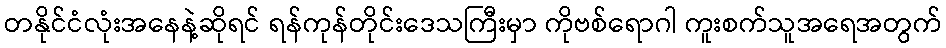
တနိုင်ငံလုံးအနေနဲ့ဆိုရင် ရန်ကုန်တိုင်းဒေသကြီးမှာ ကိုဗစ်ရောဂါ ကူးစက်သူအရေအတွက်